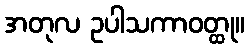
အတုလ ဥပါသကာဝတ္ထု။